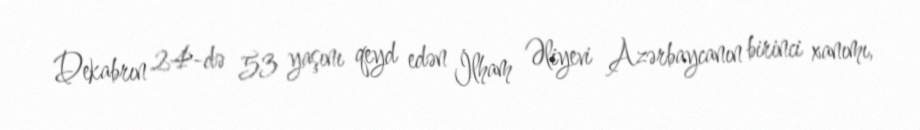
Dekabrın 24-də 53 yaşını qeyd edən İlham Əliyevi Azərbaycanın birinci xanımı,